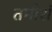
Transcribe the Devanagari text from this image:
तमीशं